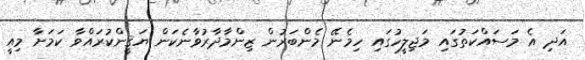
އަދި އެ މަސައްކަތުގައި މަޖިލީހުގައި ހިމެނޭ މެންބަރުން ޒިންމާދާރުވާނެކަން ޔަޤީންކުރައްވާ ކަމަށާ މިއީ